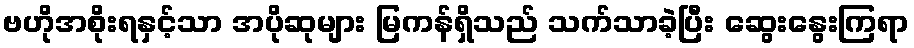
ဗဟိုအစိုးရနှင့်သာ အပိုဆုများ မြကန်ရှိသည် သက်သာခဲ့ပြီး ဆွေးနွေးကြရာ